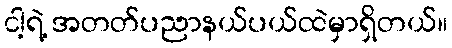
ငါ့ရဲ့ အတတ်ပညာနယ်ပယ်ထဲမှာရှိတယ်။